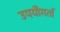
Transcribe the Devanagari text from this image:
उपयॊगर्ता